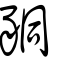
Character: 𧱁